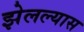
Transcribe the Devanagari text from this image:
झेलल्यास